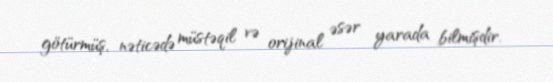
götürmüş, nəticədə müstəqil və orijinal əsər yarada bilmişdir.